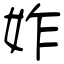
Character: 妰